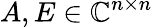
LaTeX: A,E\in\mathbb{C}^{n\times n}